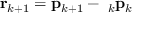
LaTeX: \mathbf { r } _ { k + 1 } = \mathbf { p } _ { k + 1 } - \mathbf { \beta } _ { k } \mathbf { p } _ { k }